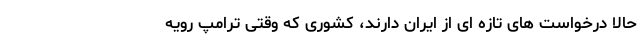
حالا درخواست های تازه ای از ایران دارند، کشوری که وقتی ترامپ رویه